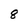
Character: 8